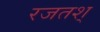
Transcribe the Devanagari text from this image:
रजतश्